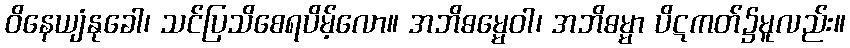
ဝိနေယျံနုခေါ၊ သင်ပြသိစေရပိမ့်လော။ အဘိဓမ္မေဝါ၊ အဘိဓမ္မာ ပိဋကတ်၌မူလည်း။